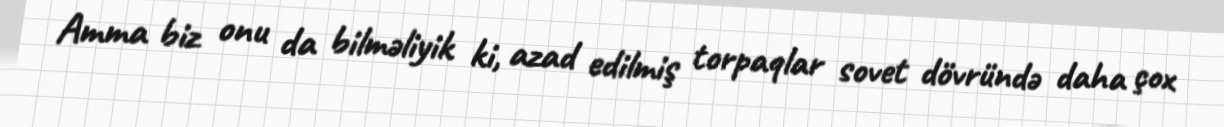
Amma biz onu da bilməliyik ki, azad edilmiş torpaqlar sovet dövründə daha çox